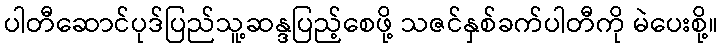
ပါတီဆောင်ပုဒ်ပြည်သူ့ဆန္ဒပြည့်စေဖို့ သဇင်နှစ်ခက်ပါတီကို မဲပေးစို့။